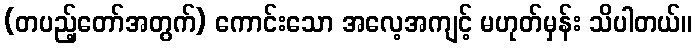
(တပည့်တော်အတွက်) ကောင်းသော အလေ့အကျင့် မဟုတ်မှန်း သိပါတယ်။